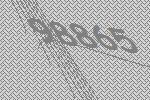
98865